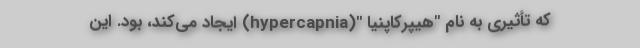
که تأثیری به نام "هیپرکاپنیا "(hypercapnia) ایجاد می‌کند، بود. این